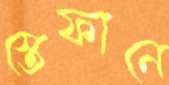
স্তেফানে